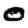
Digit: 0